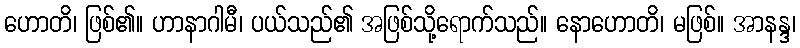
ဟောတိ၊ ဖြစ်၏။ ဟာနာဂါမီ၊ ပယ်သည်၏ အဖြစ်သို့ရောက်သည်။ နောဟောတိ၊ မဖြစ်။ အာနန္ဒ၊